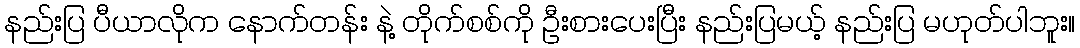
နည်းပြ ပီယာလိုက နောက်တန်း နဲ့ တိုက်စစ်ကို ဦးစားပေးပြီး နည်းပြမယ့် နည်းပြ မဟုတ်ပါဘူး။